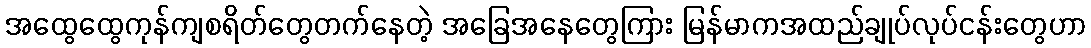
အထွေထွေကုန်ကျစရိတ်တွေတက်နေတဲ့ အခြေအနေတွေကြား မြန်မာကအထည်ချုပ်လုပ်ငန်းတွေဟာ